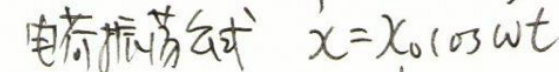
电荷振荡公式 $x = x_0 \cos \omega t$